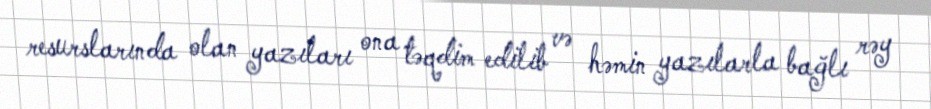
resurslarında olan yazıları ona təqdim edilib və həmin yazılarla bağlı rəy